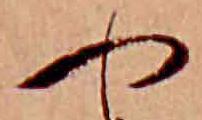
や